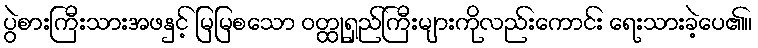
ပွဲစားကြီးသားအဖနှင့် မြမြစသော ဝတ္ထုရှည်ကြီးများကိုလည်းကောင်း ရေးသားခဲ့ပေ၏။